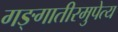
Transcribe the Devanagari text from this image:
गङ्गातीरमुपेत्य